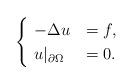
LaTeX: \begin{align*}\begin{cases}\ -\Delta u &= f, \\\ u|_{\partial \Omega} &= 0.\end{cases}\end{align*}